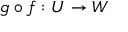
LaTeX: g \circ f : U \rightarrow W